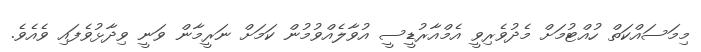
މިމަސައްކަތް ހުއްޓުމަށް މެދުވެރިވީ އެމްއާރުޑީސީ އުވާލެއްވުމުން ކަމަށް ނަރީމާން ވަނީ ވިދާޅުވެފައި ވެއެވެ.